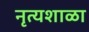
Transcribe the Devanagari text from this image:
नृत्यशाळा